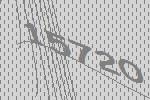
15720